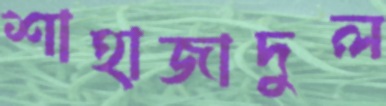
শাহাজাদুল